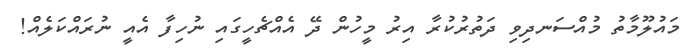
މައުލޫމާތު މުއްސަނދިވި ދަތުރުކުރާ އިރު މީހުން ދޭ އެއްޗެހީގައި ނުހިފާ އެއީ ނުރައްކަލެއް!